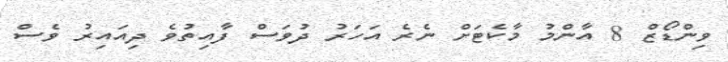
ވިންޑޯޒް 8 އާންމު މާކެޓަށް ނެރެ އަހަރު ދުވަސް ފާއިތުވެ ދިއައިރު ވެސް